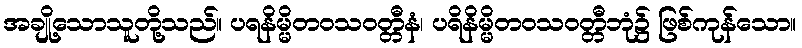
အချို့သောသူတို့သည်။ ပရနိမ္မိတဝသဝတ္တီနံ၊ ပရိနိမ္မိတဝသဝတ္တီဘုံ၌ ဖြစ်ကုန်သော။